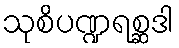
သုစိပဏ္ဍရစ္ဆဒါ